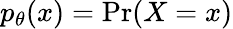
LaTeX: p_{\theta}(x)=\mathrm{Pr}(X=x)